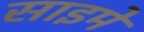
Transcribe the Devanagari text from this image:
साइमे